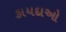
કાયદાઓ